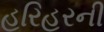
હરિહરની